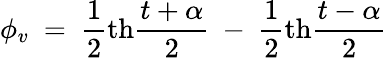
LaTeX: \phi_{v}~=~{\frac{1}{2}}\mathrm{th}{\frac{t+\alpha}{2}}~-~{\frac{1}{2}}\mathrm{th}{\frac{t-\alpha}{2}}